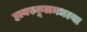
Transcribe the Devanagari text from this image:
हायस्कूलमधल्या